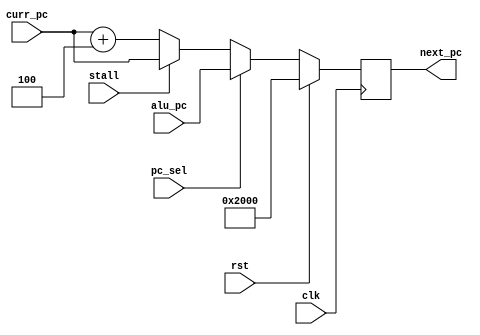
module PCGen (
    input clk,
    input rst,

    input pc_sel,
    input stall,

    input [31:0] alu_pc,
    input [31:0] curr_pc,
    
    output reg [31:0] next_pc
);

always @(posedge clk) begin
    if (rst)
        next_pc <= 'h2000;
    else if (pc_sel)
        next_pc <= alu_pc;
    else if (stall)
        next_pc <= curr_pc;
    else
        next_pc <= curr_pc + 4;
end

endmodule